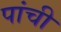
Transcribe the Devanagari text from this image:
पांची